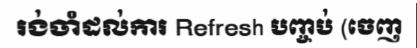
រង់ចាំដល់ការ Refresh បញ្ចប់ (ចេញ